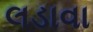
લડાવા